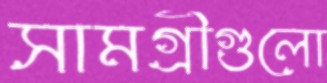
সামগ্রীগুলো